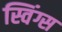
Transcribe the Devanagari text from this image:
स्विंग्स